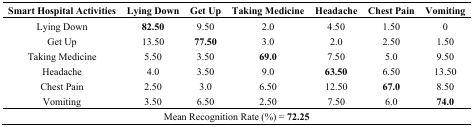
<table><thead><tr><td><b>Smart Hospital Activities</b></td><td><b>Lying Down</b></td><td><b>Get Up</b></td><td><b>Taking Medicine</b></td><td><b>Headache</b></td><td><b>Chest Pain</b></td><td><b>Vomiting</b></td></tr></thead><tbody><tr><td>Lying Down</td><td><b>82.50</b></td><td>9.50</td><td>2.0</td><td>4.50</td><td>1.50</td><td>0</td></tr><tr><td>Get Up</td><td>13.50</td><td><b>77.50</b></td><td>3.0</td><td>2.0</td><td>2.50</td><td>1.50</td></tr><tr><td>Taking Medicine</td><td>5.50</td><td>3.50</td><td><b>69.0</b></td><td>7.50</td><td>5.0</td><td>9.50</td></tr><tr><td>Headache</td><td>4.0</td><td>3.50</td><td>9.0</td><td><b>63.50</b></td><td>6.50</td><td>13.50</td></tr><tr><td>Chest Pain</td><td>2.50</td><td>3.0</td><td>6.50</td><td>12.50</td><td><b>67.0</b></td><td>8.50</td></tr><tr><td>Vomiting</td><td>3.50</td><td>6.50</td><td>2.50</td><td>7.50</td><td>6.0</td><td><b>74.0</b></td></tr><tr><td colspan="7">Mean Recognition Rate (%) = <b>72.25</b></td></tr></tbody></table>